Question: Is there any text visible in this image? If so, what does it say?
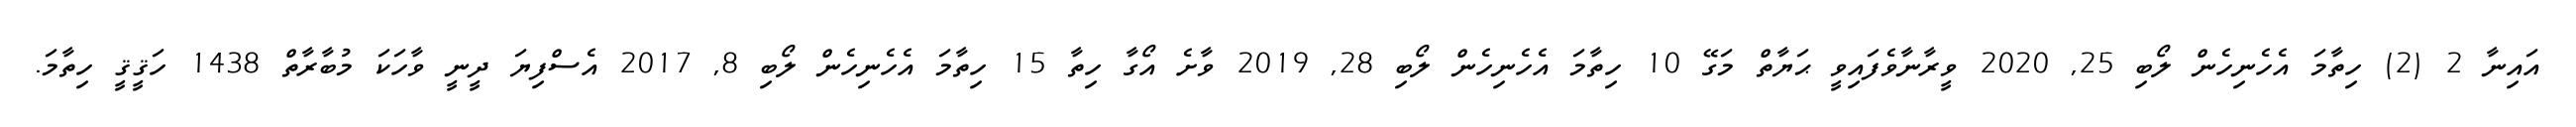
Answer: އައިނާ 2 (2) ހިތާމަ އެހެނިހެން ލޯބި 25, 2020 ވީރާނާވެފައިވީ ޙަޔާތް މަގޭ 10 ހިތާމަ އެހެނިހެން ލޯބި 28, 2019 ވާށެ އޯގާ ހިތާ 15 ހިތާމަ އެހެނިހެން ލޯބި 8, 2017 އެސްފިޔަ ދީނީ ވާހަކަ މުބާރާތް 1438 ހަޤީޤީ ހިތާމަ.